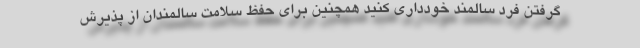
گرفتن فرد سالمند خودداری کنید همچنین برای حفظ سلامت سالمندان از پذیرش